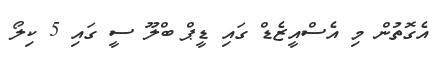
އެގޮތުން މި އެސްއީޒެޑް ގައި ޑީޕް ބްލޫ ސީ ގައި 5 ކިލޯ